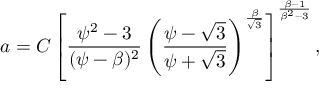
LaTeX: a = C \left[ \frac { \psi ^ { 2 } - 3 } { ( \psi - \beta ) ^ { 2 } } \left( \frac { \psi - \sqrt 3 } { \psi + \sqrt 3 } \right) ^ { \frac { \beta } { \sqrt 3 } } \right] ^ { \frac { \beta - 1 } { \beta ^ { 2 } - 3 } } ,